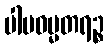
ပါပဓမ္မတရဉ္စ